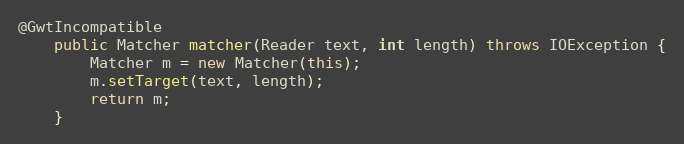
Language: Java
@GwtIncompatible
    public Matcher matcher(Reader text, int length) throws IOException {
        Matcher m = new Matcher(this);
        m.setTarget(text, length);
        return m;
    }